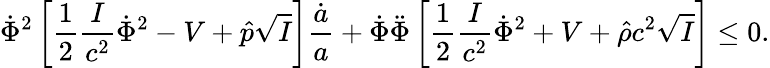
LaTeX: \dot{\Phi}^{2}\left[{\frac{1}{2}}{\frac{I}{c^{2}}}\dot{\Phi}^{2}-V+\hat{p}\sqrt{I}\right]{\frac{\dot{a}}{a}}+\dot{\Phi}\ddot{\Phi}\left[{\frac{1}{2}}{\frac{I}{c^{2}}}\dot{\Phi}^{2}+V+\hat{\rho}c^{2}\sqrt{I}\right]\leq 0.